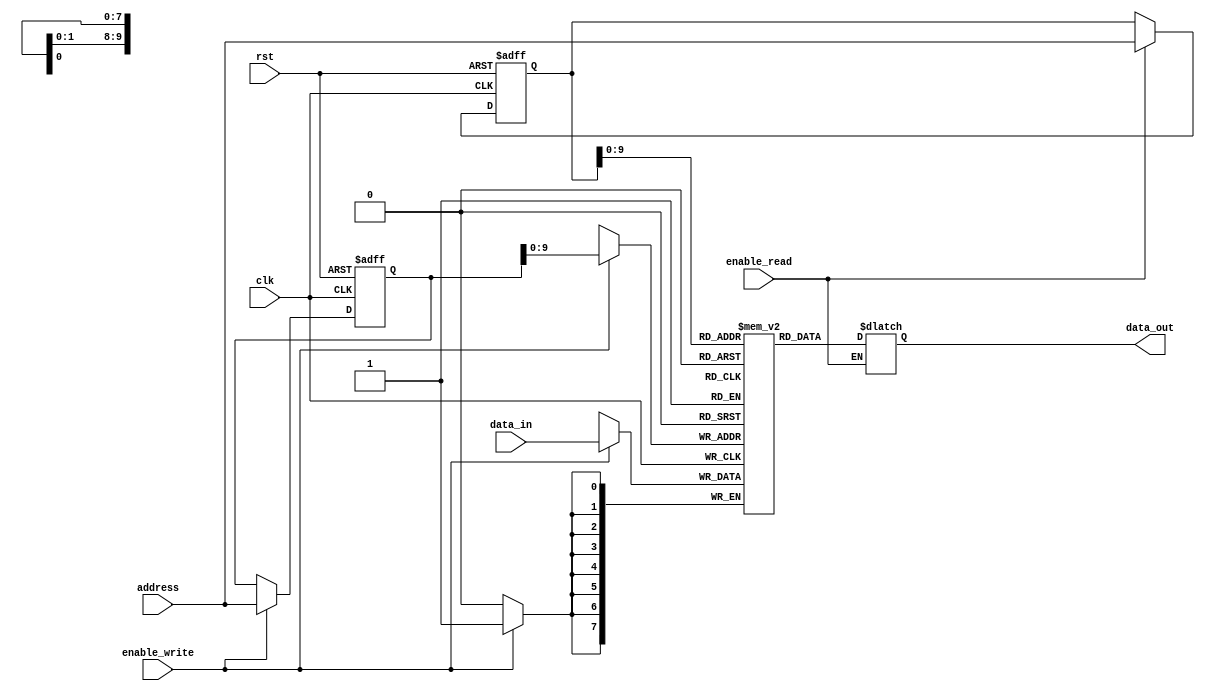
module PCM_Memory(
    input wire clk,
    input wire rst,
    input wire enable_read,
    input wire enable_write,
    input wire [31:0] address,
    input wire [7:0] data_in,
    output reg [7:0] data_out
);

reg [7:0] memory_cells [0:1023];

// Address and control logic
reg [31:0] read_address;
reg [31:0] write_address;

always @(posedge clk or posedge rst) begin
    if (rst) begin
        read_address <= 0;
        write_address <= 0;
    end else begin
        if (enable_read) begin
            read_address <= address;
        end
        if (enable_write) begin
            write_address <= address;
        end
    end
end

// Data storage and resistance state change
always @(posedge clk) begin
    if (enable_write) begin
        memory_cells[write_address] <= data_in;
    end
end

// Read operation
always @(*) begin
    if (enable_read) begin
        data_out <= memory_cells[read_address];
    end
end

// Error correction codes and wear leveling algorithms logic can be added here

endmodule